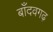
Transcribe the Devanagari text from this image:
बाँदवगढ़